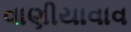
વાણીયાવાવ